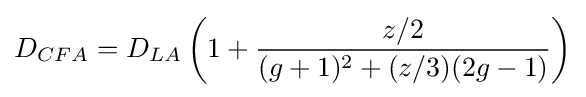
D_{CFA}=D_{LA}\left(1+{\frac {z/2}{(g+1)^{2}+(z/3)(2g-1)}}\right)